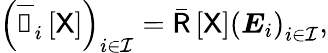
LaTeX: \left(\overline{{\boldsymbol{\mathscr{C}}}}_{i}\left[\mathsf{X}\right]\right)_{i\in\mathcal{I}}=\bar{\mathsf{R}}\left[\mathsf{X}\right]\left(\boldsymbol{E}_{i}\right)_{i\in\mathcal{I}},